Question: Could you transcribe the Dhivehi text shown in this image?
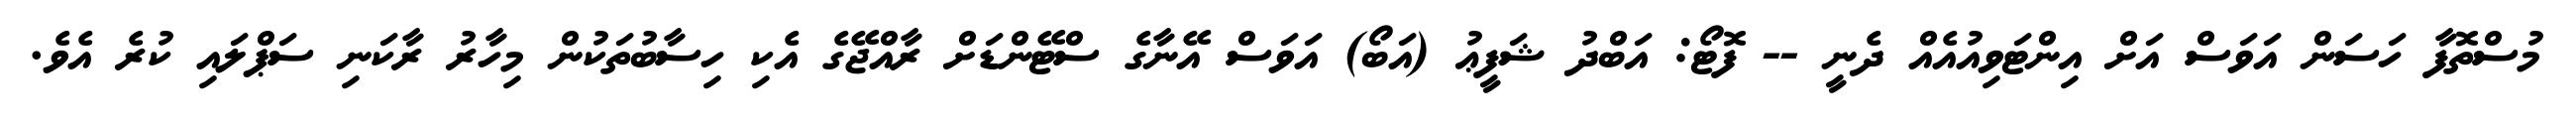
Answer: މުސްތޮފާ ހަސަން އަވަސް އަށް އިންޓަވިއުއެއް ދެނީ -- ފޮޓޯ: އަބްދު ޝަފީޢު (އަބޯ) އަވަސް އޭނާގެ ސްޓޭންޑަށް ރާއްޖޭގެ އެކި ހިސާބުތަކުން މިހާރު ރާކަނި ސަޕްލައި ކުރެ އެވެ.